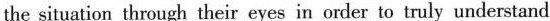
the situation through their eyes in onder to truly understand